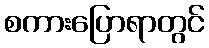
စကားပြောရာတွင်